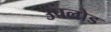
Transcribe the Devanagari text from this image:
उपलोड